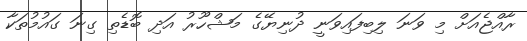
ރާއްޖެއަށް މި ވަނަ ލިބިފައިވަނީ ދުނިޔޭގެ މަޝްހޫރު އަދި ބޮޑެތި ގިނަ ގައުމުތަކާ